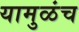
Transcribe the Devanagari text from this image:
यामुळंच